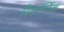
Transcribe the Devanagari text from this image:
मैकॉर्मिक